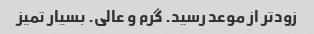
زودتر از موعد رسید. گرم و عالی. بسیار تمیز